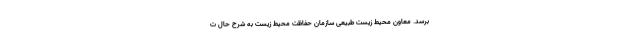
برسد. معاون محیط‌ زیست طبیعی سازمان حفاظت محیط‌ زیست به شرح حال ت